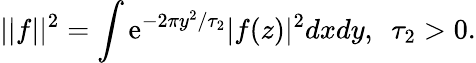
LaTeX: ||f||^{2}=\int{\mathrm e}^{-2\pi y^{2}/\tau_{2}}|f(z)|^{2}dxdy,\, \, \, \tau_{2}>0.